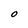
Character: o